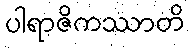
ပါရာဇိကဿာတိ